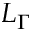
L _ { \Gamma }